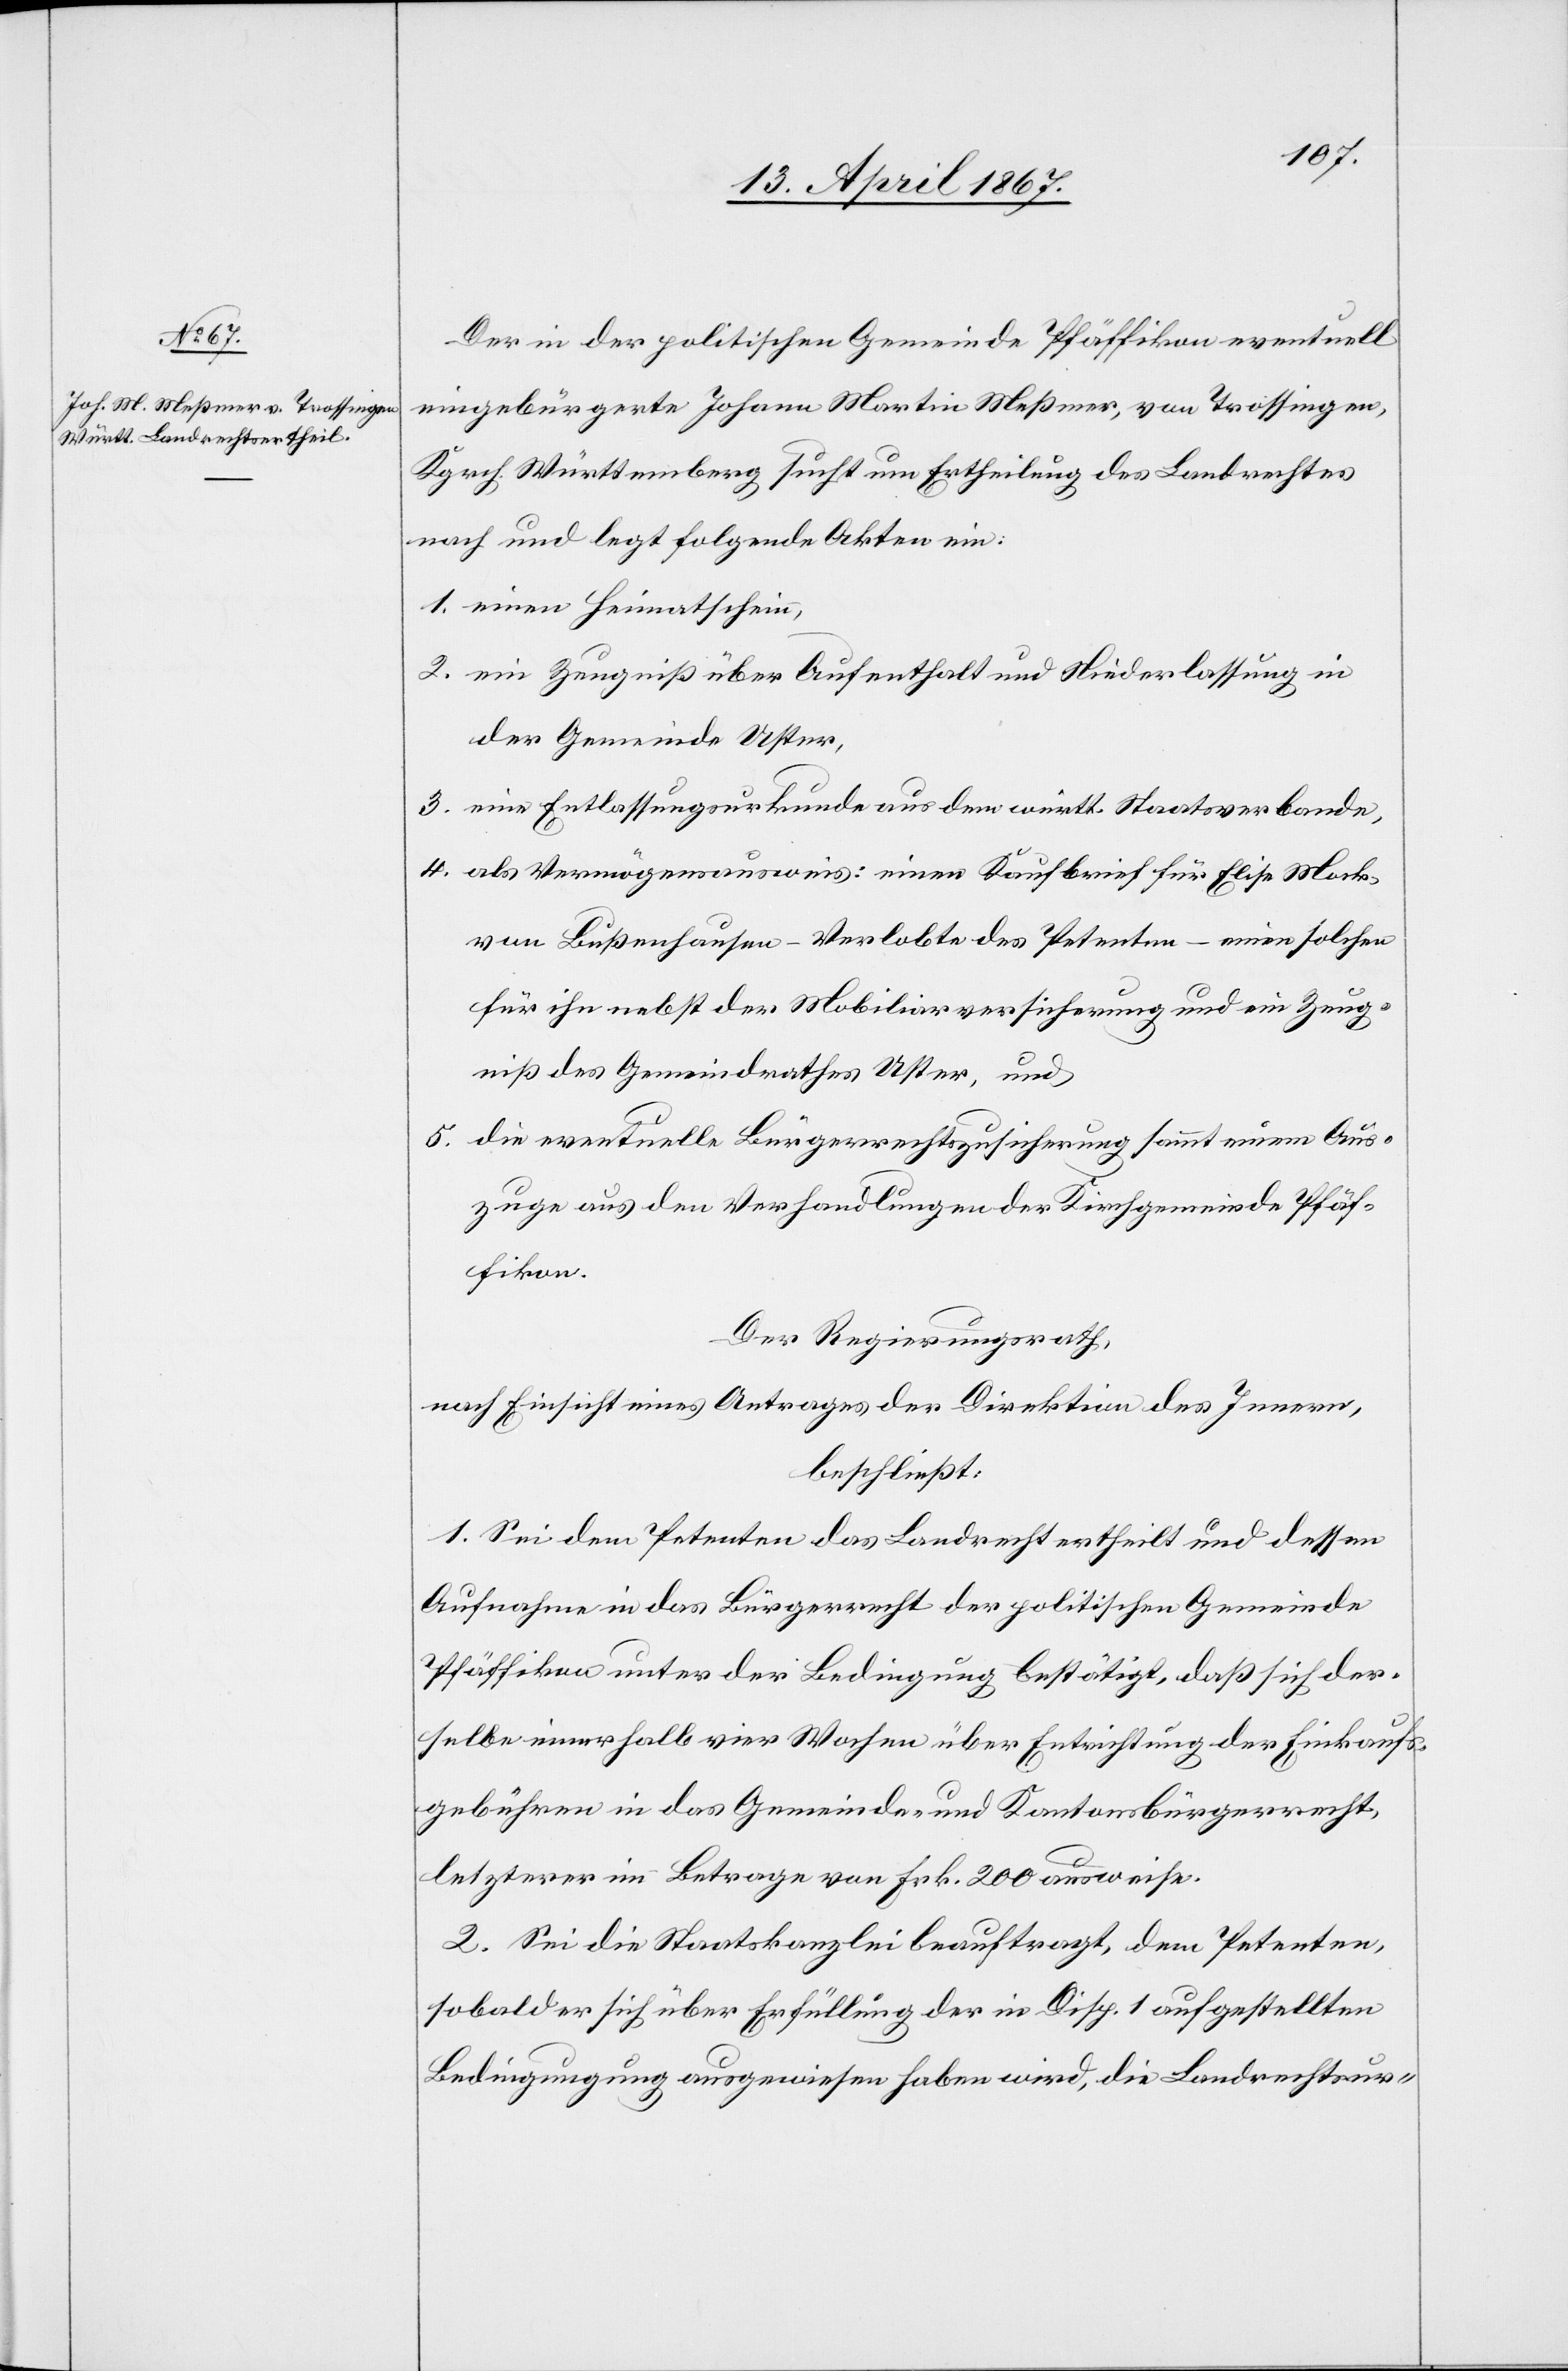
Der in der politischen Gemeinde Pfäffikon eventuell
eingebürgerte Johann Martin Meßmer, von Trossingen,
Kgrch. Württemberg sucht um Ertheilung des Landrechtes
nach und legt folgende Akten ein:
1.	einen Heimatschein,
2.	ein Zeugniß über Aufenthalt und Niederlassung in
der Gemeinde Uster,
3.	eine Entlassungsurkunde aus dem württ. Staatsverbande,
4.	als Vermögensausweis: einen Kaufbrief für Elise Mark,
von Bußenhausen – Verlobte des Petenten – einen solchen
für ihn nebst der Mobiliarversicherung und ein Zeug¬
niß des Gemeindrathes Uster, und
5.	die eventuelle Bürgerrechtszusicherung sammt einem Aus¬
zuge aus den Verhandlungen der Kirchgemeinde Pfäf¬
fikon
Der Regierungsrath,
nach Einsicht eines Antrages der Direktion des Innern,
beschließt:
1. Sei dem Petenten das Landrecht ertheilt und dessen
Aufnahme in das Bürgerrecht der politischen Gemeinde
Pfäffikon unter der Bedingung bestätigt, daß sich der¬
selbe innerhalb vier Wochen über Entrichtung der Einkaufs¬
gebühren in das Gemeinde- und Kantonsbürgerrecht,
letzterer im Betrage von Frk. 200 ausweise.
2. Sei die Staatskanzlei beauftragt, dem Petenten
sobald er sich über Erfüllung der in Disp. 1 aufgestellten
Bedingungen ausgewiesen haben wird, die Landrechtsur-